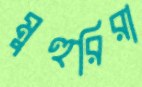
মুহুরিরা